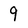
Character: 9